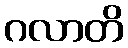
ဂလာတိ